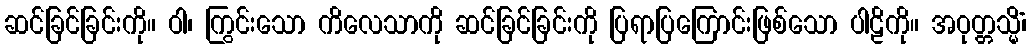
ဆင်ခြင်ခြင်းကို။ ဝါ၊ ကြွင်းသော ကိလေသာကို ဆင်ခြင်ခြင်းကို ပြရာပြကြောင်းဖြစ်သော ပါဠိကို။ အဝုတ္တသ္မိံ၊